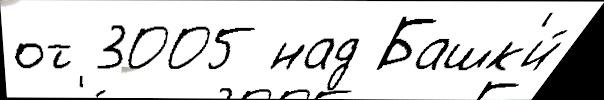
от 3005 над Башк'и́